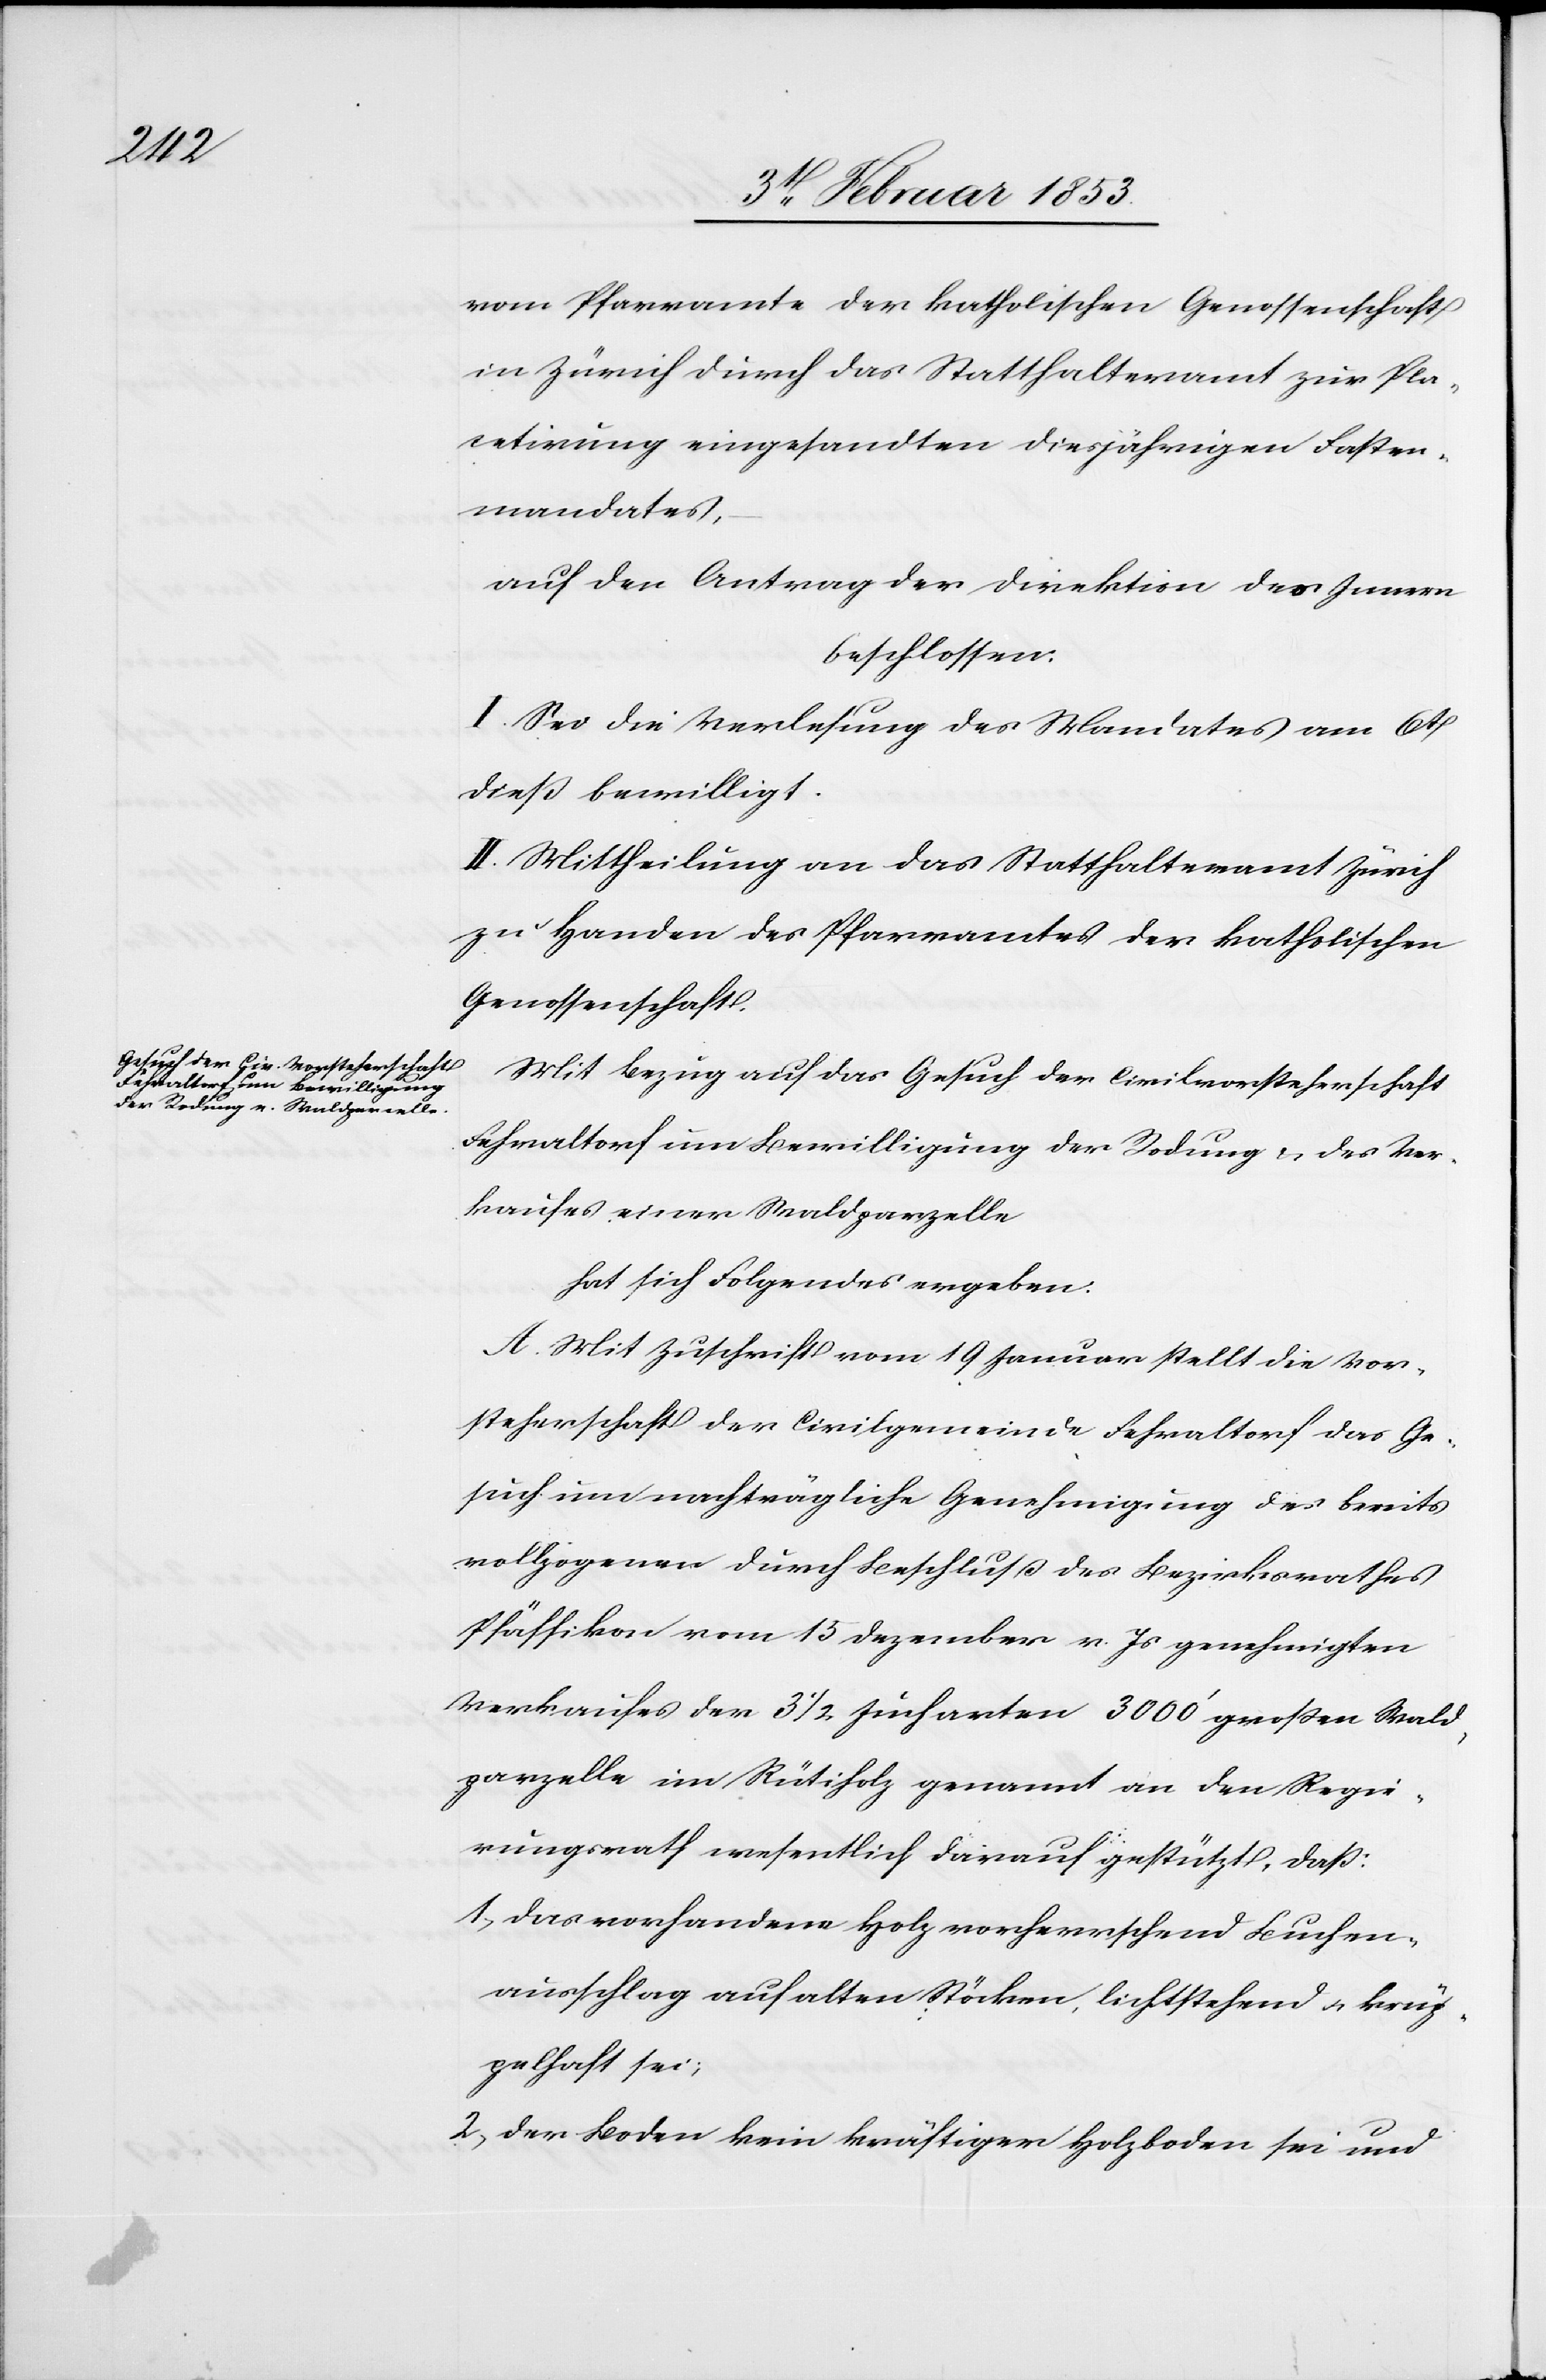
vom Pfarramte der katholischen Genossenschaft
in Zürich durch das Statthalteramt zur Plac¬
etirung eingesandten diesjährigen Fasten¬
mandates,
auf den Antrag der Direktion des Innern
beschlossen:
I. Sei die Verlesung des Mandates am 6t.
dieß bewilligt.
II. Mittheilung an das Statthalteramt Zürich
zu Handen des Pfarramtes der katholischen
Genossenschaft.
Mit Bezug auf das Gesuch der Civilvorsteherschaft
Fehraltorf um Bewilligung der Rodung u. des Ver¬
kaufes einer Waldparzelle
hat sich Folgendes ergeben:
A. Mit Zuschrift vom 19 Januar stellt die Vor¬
steherschaft der Civilgemeinde Fehraltorf das Ge¬
such um nachträgliche Genehmigung des bereits
vollzogenen durch Beschluß des Bezirksrathes
Pfäffikon vom 15 Dezember v. Js. genehmigten
Verkaufes der 3 1/2 Jucharten 3000’ großen Wald¬
parzelle im Rütiholz genannt an den Regie¬
rungsrath wesentlich darauf gestützt, daß:
1, Das vorhandene Holz vorherrschend Buchen¬
ausschlag auf alten Stöcken, leichtstehend u. krüp¬
pelhaft sei;
2, Der Boden kein kräftiger Holzboden sei und